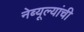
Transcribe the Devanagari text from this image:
नेब्यूल्यांची